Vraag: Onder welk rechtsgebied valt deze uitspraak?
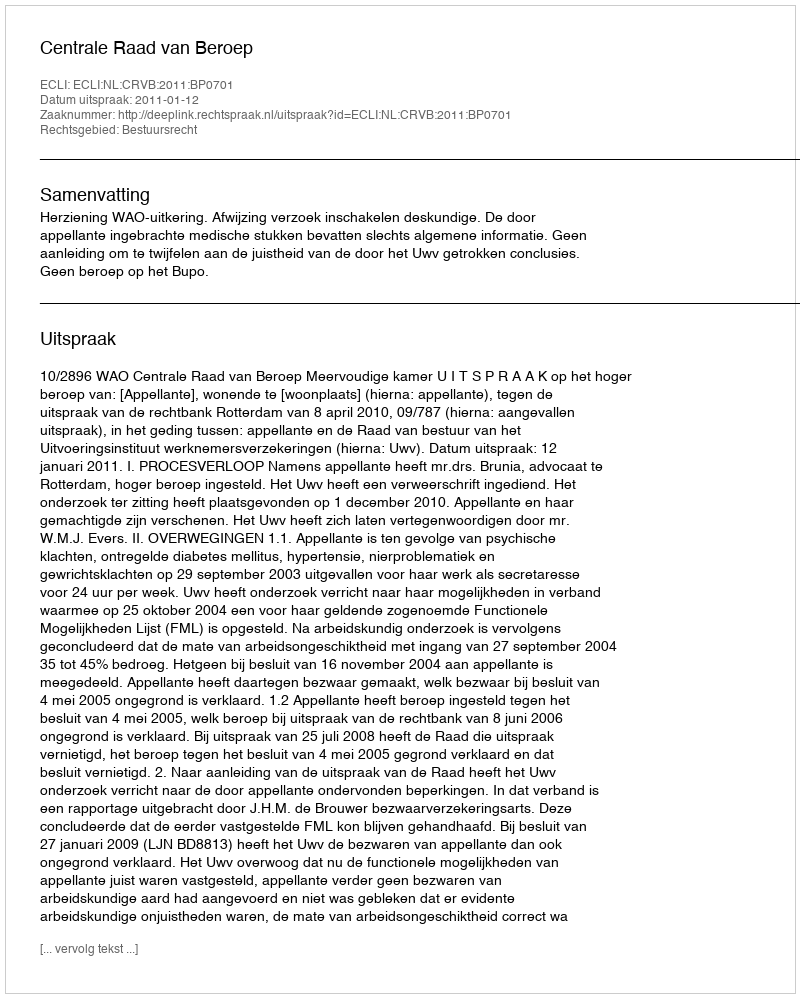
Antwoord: Bestuursrecht